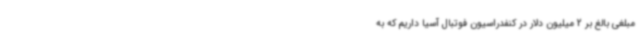
مبلغی بالغ بر 2 میلیون دلار در کنفدراسیون فوتبال آسیا داریم که به